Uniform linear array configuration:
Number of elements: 16
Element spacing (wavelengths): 0.25
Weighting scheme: binomial
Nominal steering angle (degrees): -45
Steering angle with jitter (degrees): -43.579
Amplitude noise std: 0.05
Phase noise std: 0.05

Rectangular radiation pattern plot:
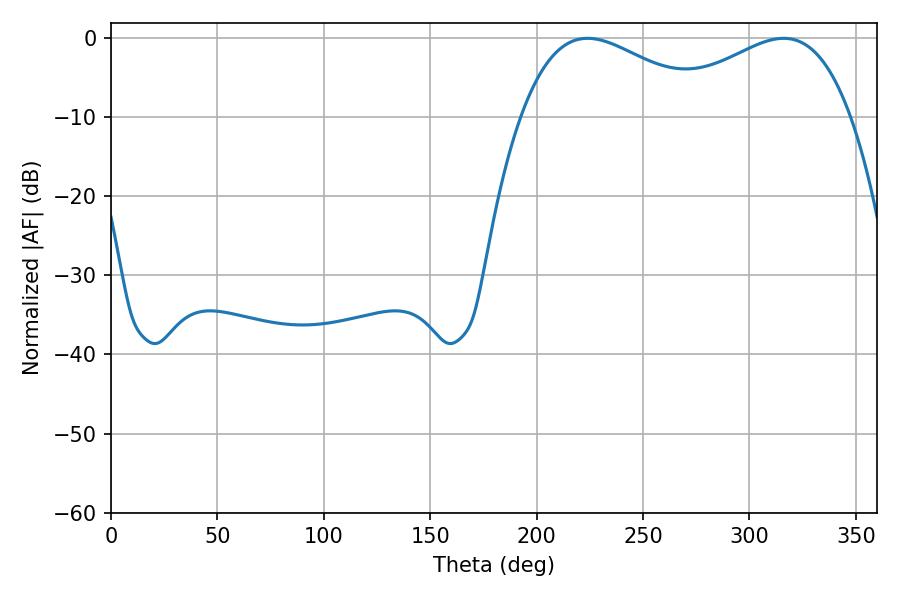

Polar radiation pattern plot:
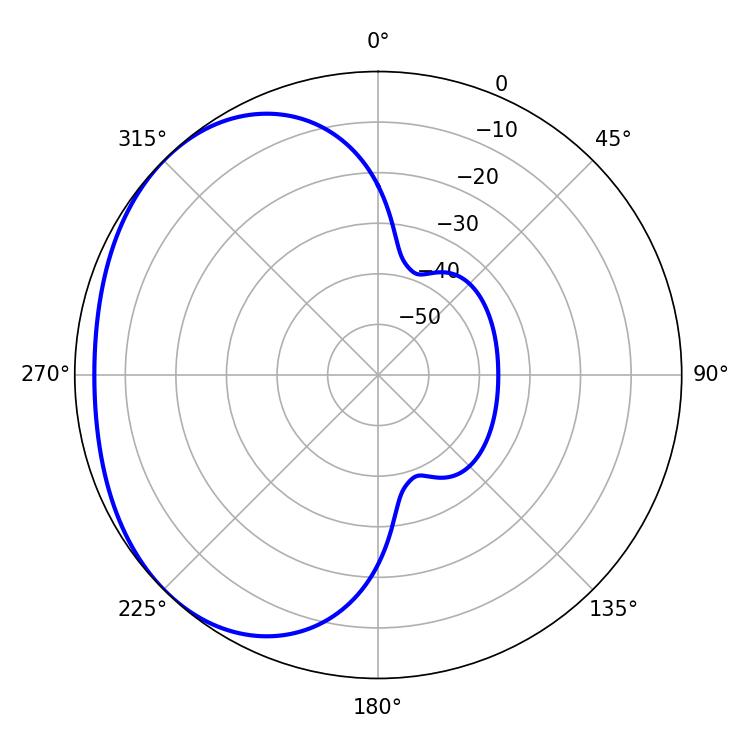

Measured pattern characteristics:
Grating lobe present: FALSE
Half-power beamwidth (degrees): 49.14
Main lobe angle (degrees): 223.92